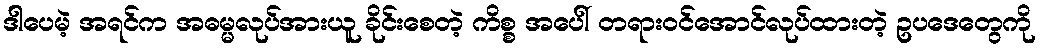
ဒါပေမဲ့ အရင်က အဓမ္မလုပ်အားယူ ခိုင်းစေတဲ့ ကိစ္စ အပေါ် တရားဝင်အောင်လုပ်ထားတဲ့ ဥပဒေတွေကို